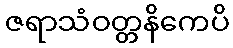
ဇရာသံဝတ္တနိကေပိ